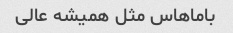
باماهاس مثل همیشه عالی